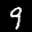
Label: 9